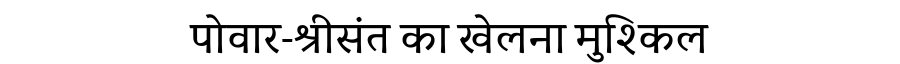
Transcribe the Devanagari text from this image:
पोवार-श्रीसंत का खेलना मुश्किल